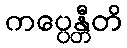
ကပ္ပေန္တီတိ